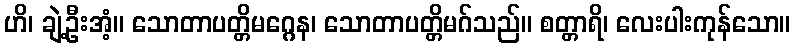
ဟိ၊ ချဲ့ဦးအံ့။ သောတာပတ္တိမဂ္ဂေန၊ သောတာပတ္တိမဂ်သည်။ စတ္တာရိ၊ လေးပါးကုန်သော။